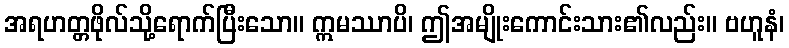
အရဟတ္တဖိုလ်သို့ရောက်ပြီးသော။ ဣမဿာပိ၊ ဤအမျိုးကောင်းသား၏လည်း။ ဗဟူနံ၊